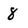
Character: 8